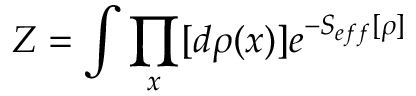
Z = \int \prod _ { x } [ d \rho ( x ) ] e ^ { - S _ { e f f } [ \rho ] }